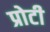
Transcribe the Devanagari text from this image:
प्रोटी